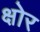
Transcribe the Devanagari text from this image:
क्षोर